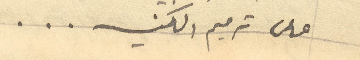
على ترميم الكنيسه ...